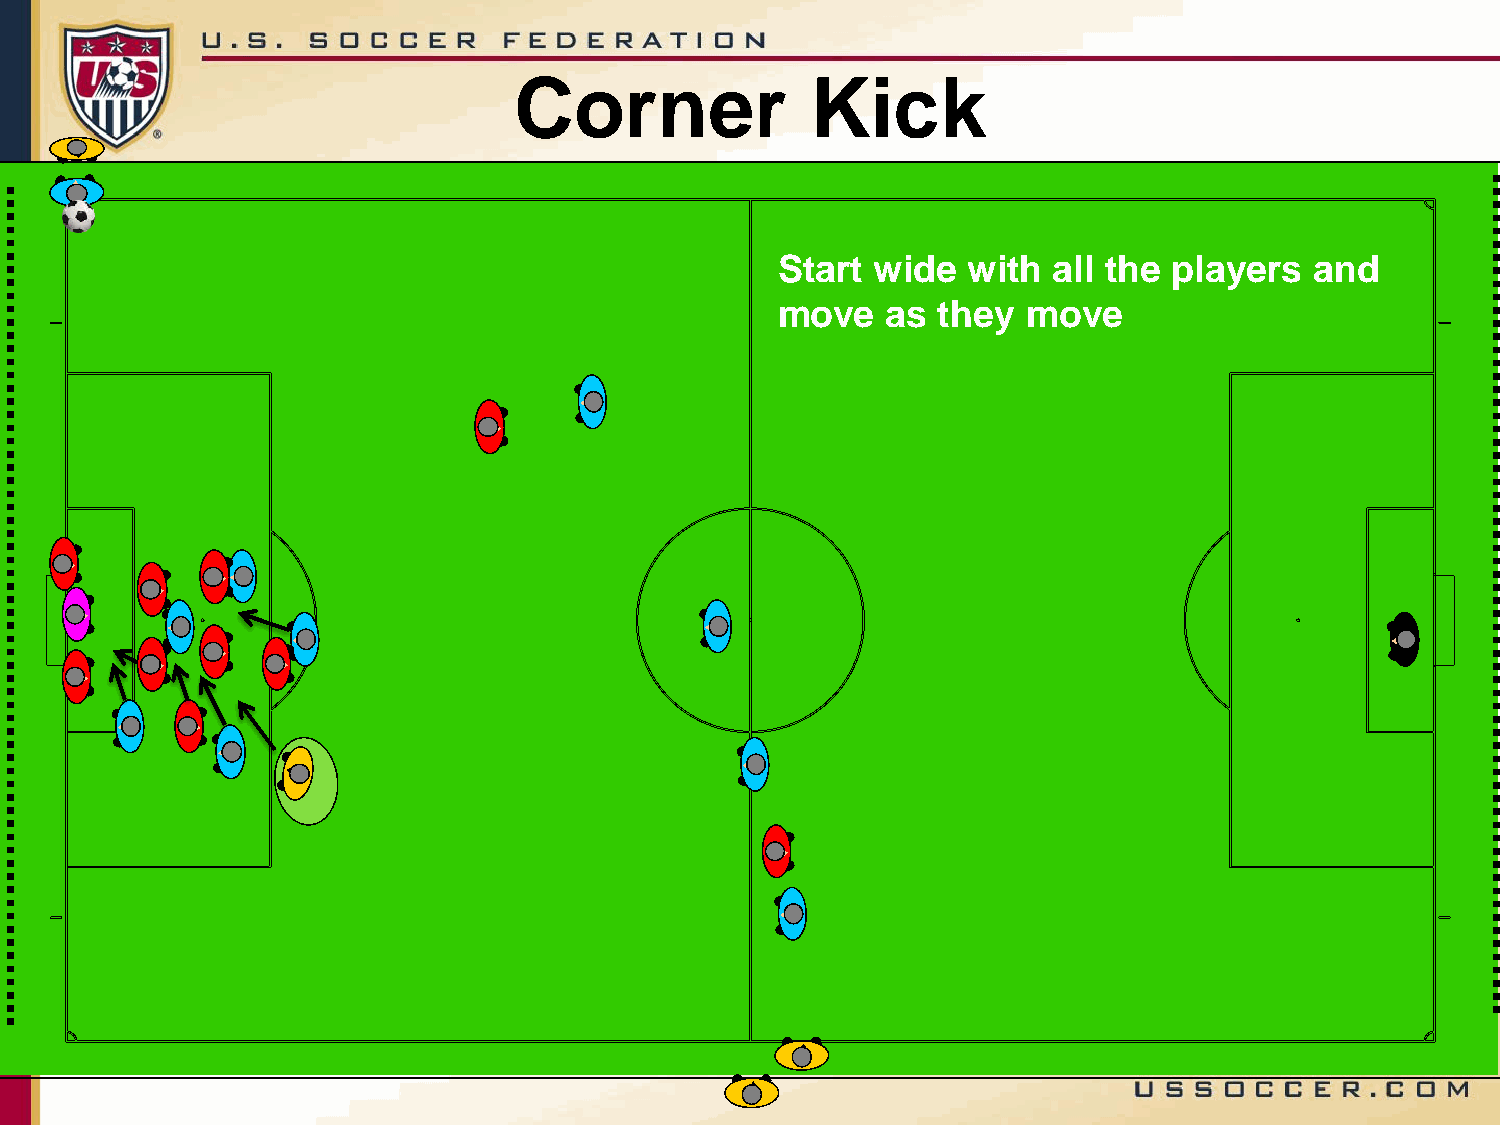
Corner              Kick
 Start  wide  with  all the players  and
 move    as they  move